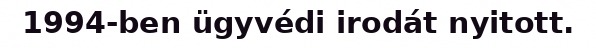
1994-ben ügyvédi irodát nyitott.